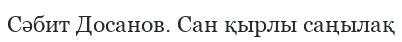
Сәбит Досанов. Сан қырлы саңылақ